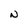
Character: N